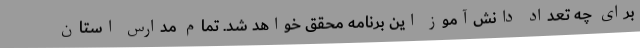
برای چه تعداد دانش‌آموز این برنامه محقق خواهد شد. تمام مدارس استان